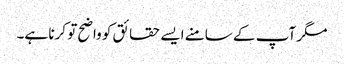
مگر آپ کے سامنے ایسے حقائق کو واضح تو کرنا ہے۔